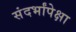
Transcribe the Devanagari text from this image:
संदर्भांपेक्षा